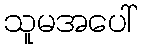
သူမအပေါ်